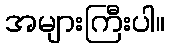
အများကြီးပါ။